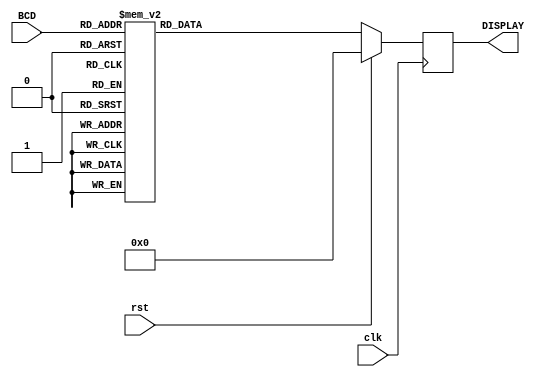
module bcd_to_display(
	input clk,
	input rst,
	input [3:0] BCD,
	output reg[7:0] DISPLAY
	);
	
initial begin
	DISPLAY = 8'b11111111;
	#10 DISPLAY = 8'b00000000;
end

	always @ (posedge clk)
		begin
			if (rst)
				begin
					DISPLAY = 8'b11111111;
					#10 DISPLAY = 8'b00000000;
				end
			else
				begin
					case (BCD)	
						4'b0000:	DISPLAY = 8'b11111110;//  ---- espera
						4'b0001: DISPLAY = 8'b11001111;//  Piso 1
						4'b0010: DISPLAY = 8'b10010010;//  Piso 2
						4'b0011: DISPLAY = 8'b10000110;//  Piso 3
						4'b0100: DISPLAY = 8'b11001100;//  Piso 4
						4'b0101: DISPLAY = 8'b10100100;//  Sube
						4'b0110: DISPLAY = 8'b10001000;//  Abierto
						4'b0111: DISPLAY = 8'b10110001;//  Cerrado
						4'b1000: DISPLAY = 8'b10000000;//  Baja
						4'b1001: DISPLAY = 8'b10011000;//  indica el Piso
						default: DISPLAY = 8'b0;
					endcase
				end
		end

endmodule